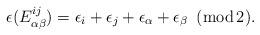
LaTeX: \begin{align*}\epsilon(E^{ij}_{\alpha\beta})=\epsilon_i+\epsilon_j+ \epsilon_\alpha + \epsilon_\beta\,\,\,({\rm mod\,2}).\end{align*}